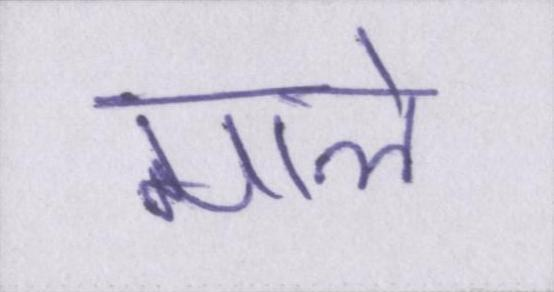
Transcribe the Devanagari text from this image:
माले